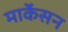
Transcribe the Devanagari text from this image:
मार्केसन